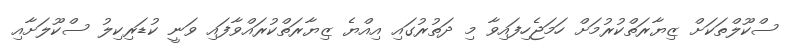
ސްކޫލްތަކަށް ޒިޔާރަތްކުރުމަށް ހަމަޖެހިފައިވާ މި ދަތުރުގައި އިއްޔެ ޒިޔާރަތްކުރައްވާފައި ވަނީ ކުޑަރިކިލު ސްކޫލަށާއި